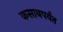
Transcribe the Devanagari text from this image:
कसाबपर्यंत